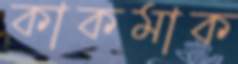
কাকমাক